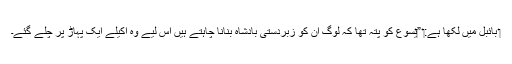
‏ بائبل میں لکھا ہے:‏ ”‏یسوع کو پتہ تھا کہ لوگ اُن کو زبردستی بادشاہ بنانا چاہتے ہیں اِس لیے وہ اکیلے ایک پہاڑ پر چلے گئے۔